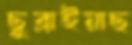
ছুব্‌লাইয়াছ